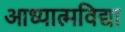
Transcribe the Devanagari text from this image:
आध्यात्मविद्या